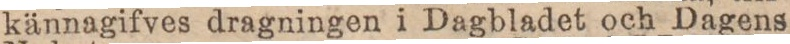
kännagifves dragningen i Dagbladet och Dagens